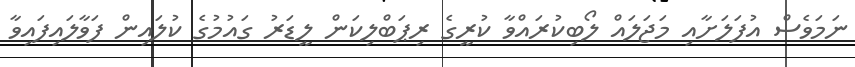
ނަމަވެސް އުފަލަށާއި މަޖަލައް ލޯބިކުރައްވާ ކުރީގެ ރިޕަބްލިކަން ލީޑަރު ގައުމުގެ ކުލައިން ފަވާލައިފައިވާ